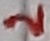
Text: 2